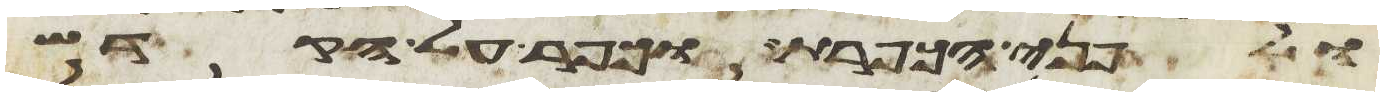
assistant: ולפני הכפרת וכפר על הקדש